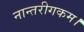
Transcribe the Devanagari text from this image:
नान्तरीगकम।